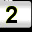
Digit: 2